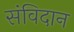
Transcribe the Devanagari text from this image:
संविदान